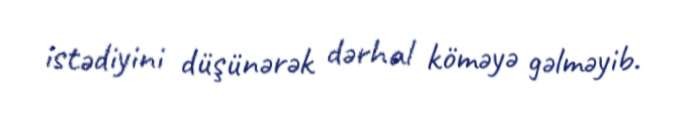
istədiyini düşünərək dərhal köməyə gəlməyib.